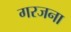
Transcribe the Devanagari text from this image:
गरजना